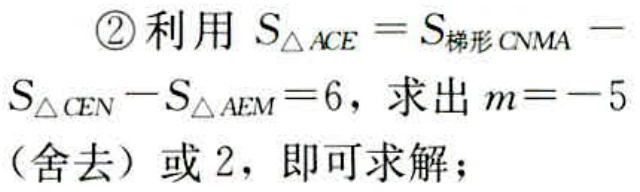
\textcircled{2}利用 \(S_{\triangle ACE}=S_{梯形CNMA}-S_{\triangle CEN}-S_{\triangle AEM}=6\)，求出 \(m = - 5\)（舍去）或 \(2\)，即可求解；